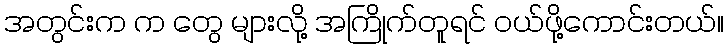
အတွင်းက က တွေ များလို့ အကြိုက်တူရင် ဝယ်ဖို့ကောင်းတယ်။